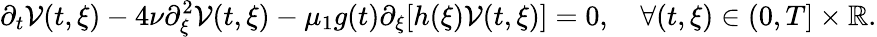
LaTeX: \partial_{t}\mathcal{V}(t,\xi)-4\nu\partial_{\xi}^{2}\mathcal{V}(t,\xi)-\mu_{1}g(t)\partial_{\xi}[h(\xi)\mathcal{V}(t,\xi)]=0,\quad\forall(t,\xi)\in(0,T]\times\mathbb{R}.